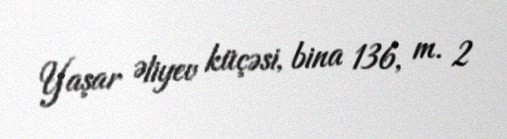
Yaşar Əliyev küçəsi, bina 136, m. 2